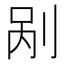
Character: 剐